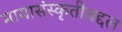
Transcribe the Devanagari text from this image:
मायासंस्कृतीबद्दल